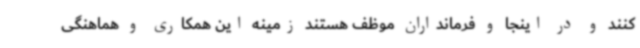
کنند و در اینجا و فرمانداران موظف هستند زمینه این همکاری و هماهنگی